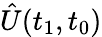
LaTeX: \hat{U}(t_{1},t_{0})